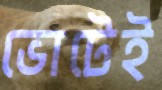
ভোটেই